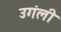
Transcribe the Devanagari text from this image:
उगंली